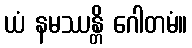
ယံ နမဿန္တိ ဂေါတမံ။